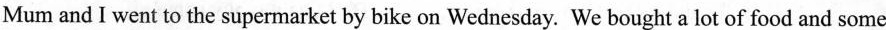
Mum and I went to the supermarket by bike on Wednesday. We bought a lot of food and some